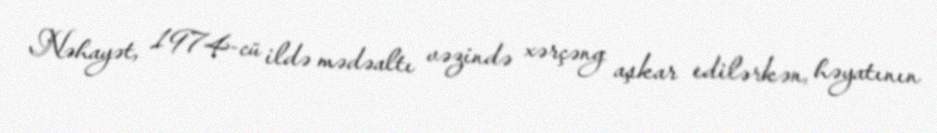
Nəhayət, 1974-cü ildə mədəaltı vəzində xərçəng aşkar edilərkən, həyatının